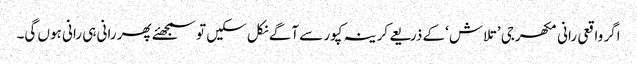
اگر واقعی رانی مکھرجی ’تلاش ‘کے ذریعے کرینہ کپور سے آگے نکل سکیں تو سمجھئے پھر رانی ہی رانی ہوں گی۔